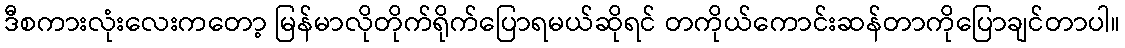
ဒီစကားလုံးလေးကတော့ မြန်မာလိုတိုက်ရိုက်ပြောရမယ်ဆိုရင် တကိုယ်ကောင်းဆန်တာကိုပြောချင်တာပါ။